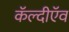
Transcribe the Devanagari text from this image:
कॅल्दीऍव